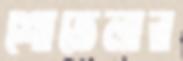
শোভেলার